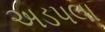
અડપલા